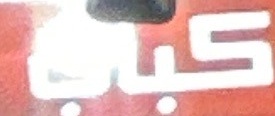
كباب